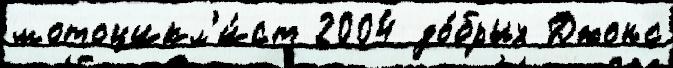
мотоцикл'и́ст 2004 до́брых Джонс